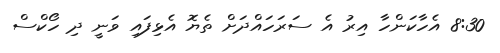
8:30 އެހާކަންހާ އިރު އެ ސަރަހައްދަށް ތެޔޮ އެޅިފައި ވަނީ ދި ހޯކްސް